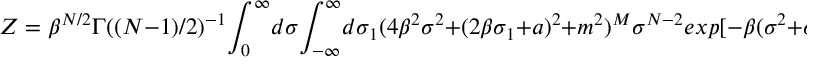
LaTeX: Z = \beta ^ { N / 2 } \Gamma ( ( N - 1 ) / 2 ) ^ { - 1 } { \LARGE \int _ { 0 } ^ { \infty } } d \sigma { \LARGE \int _ { - \infty } ^ { \infty } } d \sigma _ { 1 } ( 4 \beta ^ { 2 } \sigma ^ { 2 } + ( 2 \beta \sigma _ { 1 } + a ) ^ { 2 } + m ^ { 2 } ) ^ { M } \sigma ^ { N - 2 } e x p [ - \beta ( \sigma ^ { 2 } + \sigma _ { 1 } ^ { 2 } ) ]